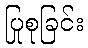
ပြုစုခြင်း